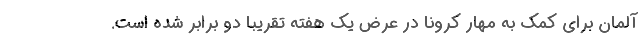
آلمان برای کمک به مهار کرونا در عرض یک هفته تقریبا دو برابر شده است.